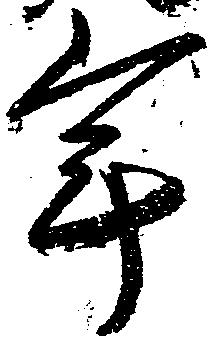
年